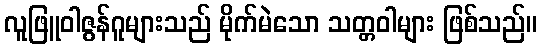
လူဖြူဝါဇွန်ဂူများသည် မိုက်မဲသော သတ္တဝါများ ဖြစ်သည်။